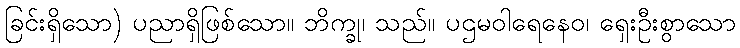
ခြင်းရှိသော) ပညာရှိဖြစ်သော။ ဘိက္ခု၊ သည်။ ပဌမဝါရေနေဝ၊ ရှေးဦးစွာသော